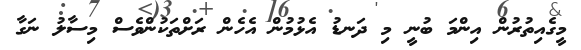
މީގެއިތުރުން އިންމަ ބުނީ މި ދަނޑު އެޅުމުން އެހެން ރަށްތަކުންވެސް މިސާލު ނަގާ